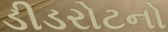
ડીડરોટનો